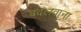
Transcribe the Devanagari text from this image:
बदलवाना